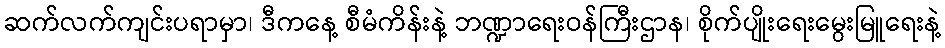
ဆက်လက်ကျင်းပရာမှာ၊ ဒီကနေ့ စီမံကိန်းနဲ့ ဘဏ္ဍာရေးဝန်ကြီးဌာန၊ စိုက်ပျိုးရေးမွေးမြူရေးနဲ့